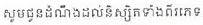
សូមជូនដំណឹងដល់និស្សិតទាំងពីរភេទ